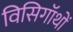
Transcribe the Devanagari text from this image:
विसिगॉथों